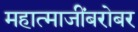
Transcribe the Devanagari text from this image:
महात्माजींबरोबर